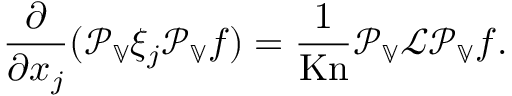
\frac { \partial } { \partial x _ { j } } ( \mathcal { P } _ { \mathbb { V } } \xi _ { j } \mathcal { P } _ { \mathbb { V } } f ) = \frac { 1 } { \mathrm { K n } } \mathcal { P } _ { \mathbb { V } } \mathcal { L } \mathcal { P } _ { \mathbb { V } } f .